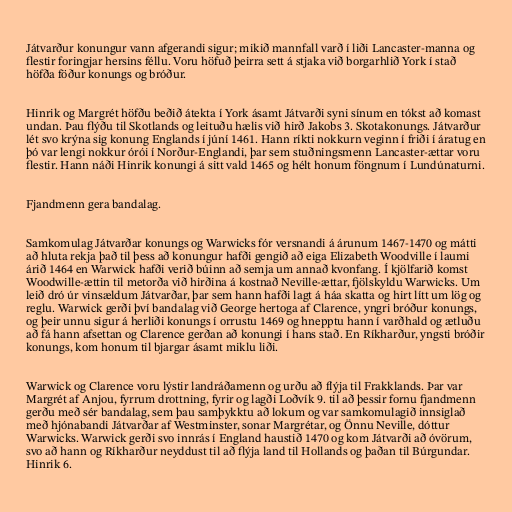
Játvarður konungur vann afgerandi sigur; mikið mannfall varð í liði Lancaster-manna og
flestir foringjar hersins féllu. Voru höfuð þeirra sett á stjaka við borgarhlið York í stað
höfða föður konungs og bróður.

Hinrik og Margrét höfðu beðið átekta í York ásamt Játvarði syni sínum en tókst að komast
undan. Þau flýðu til Skotlands og leituðu hælis við hirð Jakobs 3. Skotakonungs. Játvarður
lét svo krýna sig konung Englands í júní 1461. Hann ríkti nokkurn veginn í friði í áratug en
þó var lengi nokkur órói í Norður-Englandi, þar sem stuðningsmenn Lancaster-ættar voru
flestir. Hann náði Hinrik konungi á sitt vald 1465 og hélt honum föngnum í Lundúnaturni.

Fjandmenn gera bandalag.

Samkomulag Játvarðar konungs og Warwicks fór versnandi á árunum 1467-1470 og mátti
að hluta rekja það til þess að konungur hafði gengið að eiga Elizabeth Woodville í laumi
árið 1464 en Warwick hafði verið búinn að semja um annað kvonfang. Í kjölfarið komst
Woodwille-ættin til metorða við hirðina á kostnað Neville-ættar, fjölskyldu Warwicks. Um
leið dró úr vinsældum Játvarðar, þar sem hann hafði lagt á háa skatta og hirt lítt um lög og
reglu. Warwick gerði því bandalag við George hertoga af Clarence, yngri bróður konungs,
og þeir unnu sigur á herliði konungs í orrustu 1469 og hnepptu hann í varðhald og ætluðu
að fá hann afsettan og Clarence gerðan að konungi í hans stað. En Ríkharður, yngsti bróðir
konungs, kom honum til bjargar ásamt miklu liði.

Warwick og Clarence voru lýstir landráðamenn og urðu að flýja til Frakklands. Þar var
Margrét af Anjou, fyrrum drottning, fyrir og lagði Loðvík 9. til að þessir fornu fjandmenn
gerðu með sér bandalag, sem þau samþykktu að lokum og var samkomulagið innsiglað
með hjónabandi Játvarðar af Westminster, sonar Margrétar, og Önnu Neville, dóttur
Warwicks. Warwick gerði svo innrás í England haustið 1470 og kom Játvarði að óvörum,
svo að hann og Ríkharður neyddust til að flýja land til Hollands og þaðan til Búrgundar.
Hinrik 6.